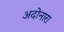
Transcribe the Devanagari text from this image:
अदोनारा